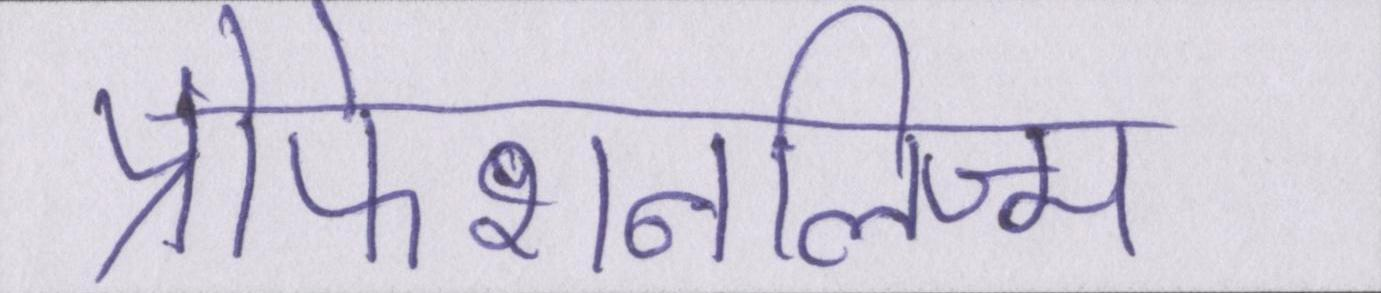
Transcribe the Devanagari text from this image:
प्रोफेशनलिज्म